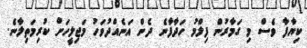
ކިޔާފާ ވެސް މި ގަމާރުން ފިލްމު ހަދާފާނެ ދެން އަނެއްދުވަހު މަޖިލީހަށް ކުރިމަތިލާނެ.